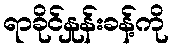
ရာခိုင်နှုန်းခန့်ကို